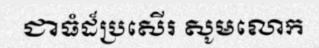
ជាធំដ៏ប្រសើរ សូមលោក